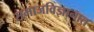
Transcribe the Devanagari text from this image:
समाजविज्ञानात